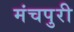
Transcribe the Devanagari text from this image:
मंचपुरी